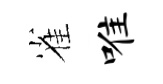
雀唯